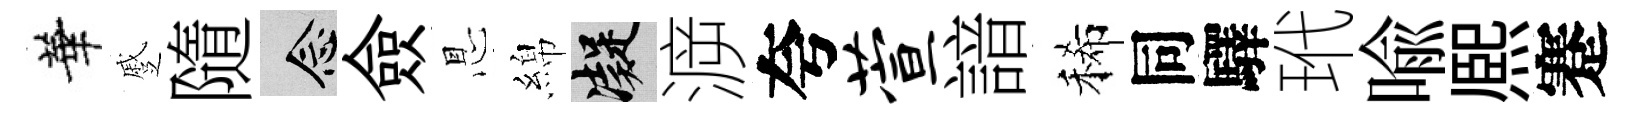
華蹙隨念僉㤙綿凝㴑夸萱諳稀同驛玳喩熈蹇